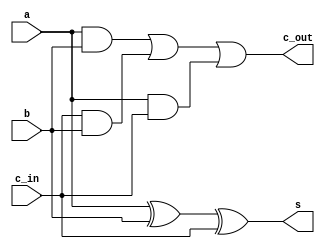
`timescale 1ns / 1ps
//////////////////////////////////////////////////////////////////////////////////
// Company: 
// Engineer: 
// 
// Design Name: 
// Module Name: FA
// Project Name: 
// Target Devices: 
// Tool Versions: 
// Description: 
// 
// Dependencies: 
// 
// Revision:
// Revision 0.01 - File Created
// Additional Comments:
// 
//////////////////////////////////////////////////////////////////////////////////


module full_adder(
    input a,
    input b,
    input c_in,
    output s,
    output c_out
);

    assign s = (a^b)^c_in;
    assign c_out = (a&b)|(c_in&b)|(a&c_in); 
    
endmodule